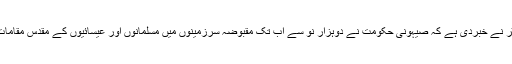
فلسطین کے انفارمیشن سینٹر نے خبردی ہے کہ صیہونی حکومت نے دوہزار نو سے اب تک مقبوضہ سرزمینوں میں مسلمانوں اور عیسائیوں کے مقدس مقامات پر حملے تیز کردئے ہیں۔